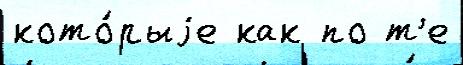
кото́рыjе как по т'е